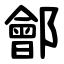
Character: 鄶